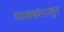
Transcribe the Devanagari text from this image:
माकडांपासुन